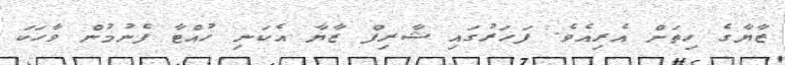
ޒާޔާގެ ހިތަށް އެރިއެވެ. ފަހަރުގައި ޝާރިފް ޒާޔާ އެކަނި ހުއްޓާ ފެނުމުން ވާހަކަ